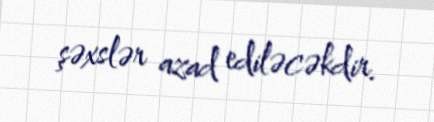
şəxslər azad ediləcəkdir.